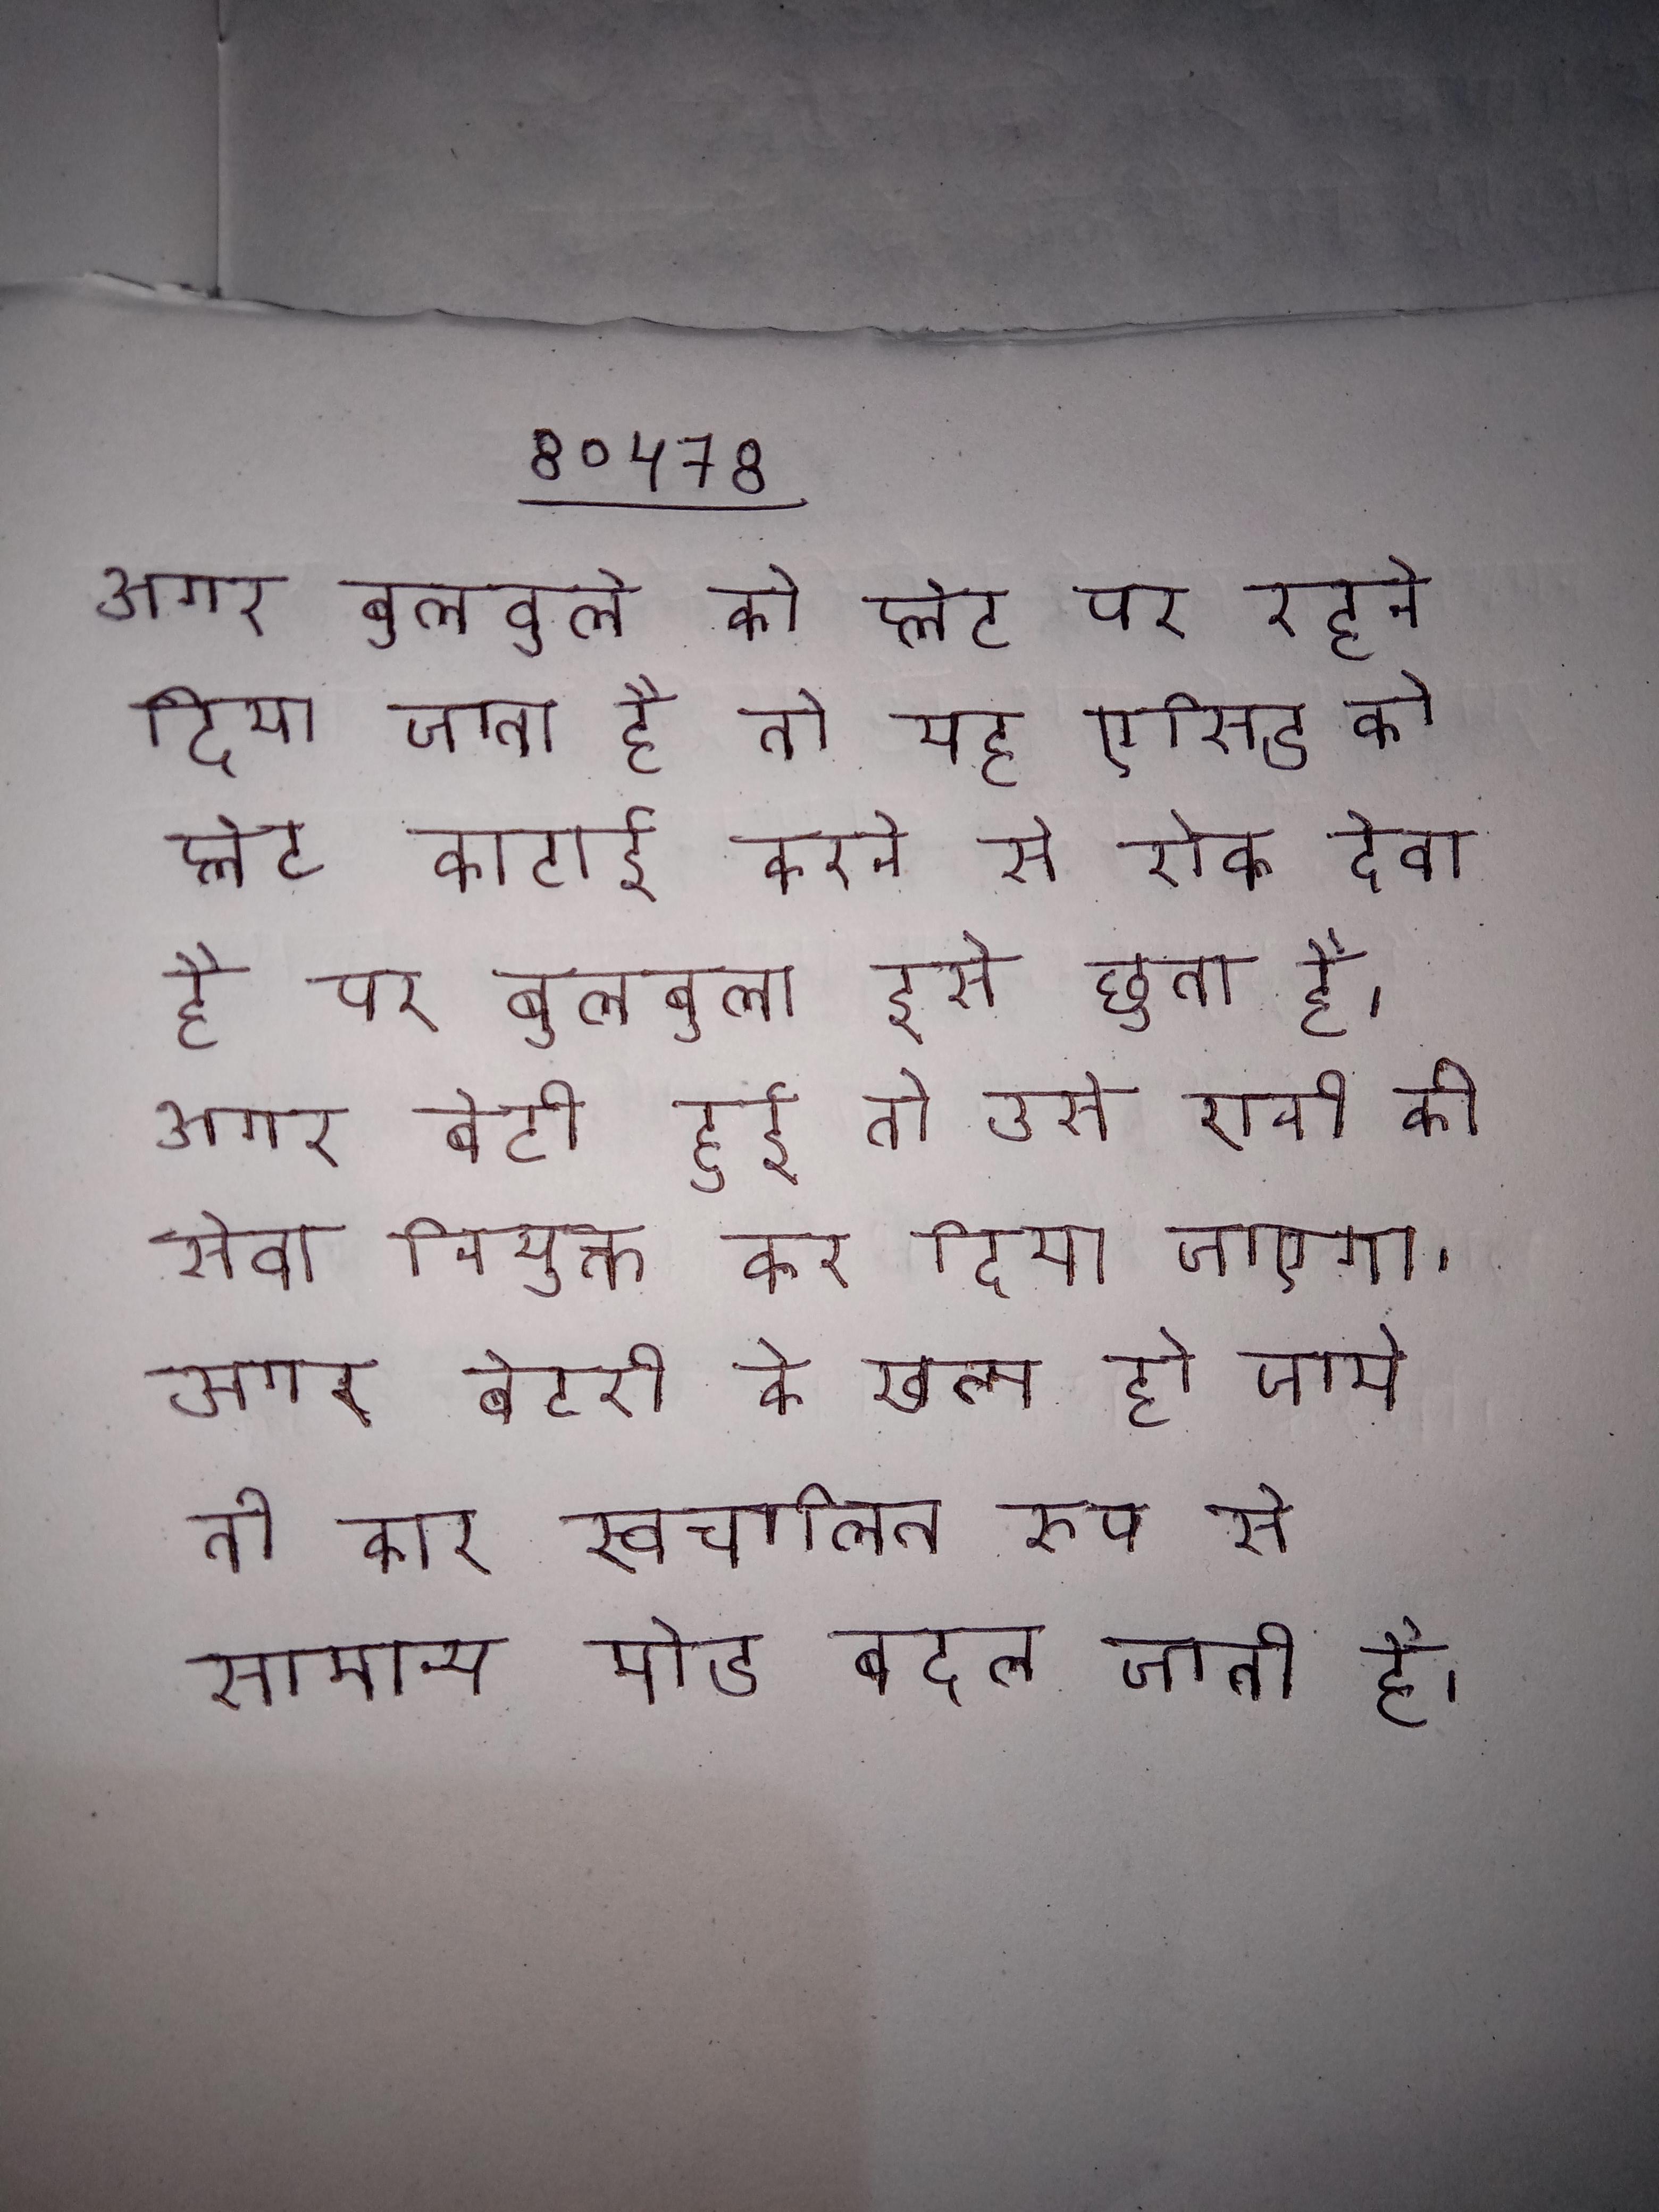
अगर बुलबुले को प्लेट पर रहने दिया जाता है तो यह एसिड को प्लेट कटाई करने से रोक देता है पर बुलबुला इसे छूता है । अगर बेटी हुई तो उसे रानी की सेवा नियुक्त कर दिया जाएगा । अगर बैटरी के खत्म हो जाये तो कार स्वचालित रूप से सामान्य मोड बदल जाती है ।